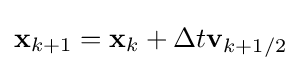
\mathbf {x} _{k+1}=\mathbf {x} _{k}+{\Delta t}\mathbf {v} _{k+1/2}